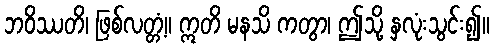
ဘဝိဿတိ၊ ဖြစ်လတ္တံ့။ ဣတိ မနသိ ကတွာ၊ ဤသို့ နှလုံးသွင်း၍။